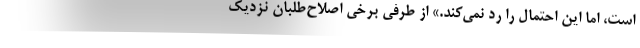
است، اما این احتمال را رد نمی‌کند.» از طرفی برخی اصلاح‌طلبان نزدیک